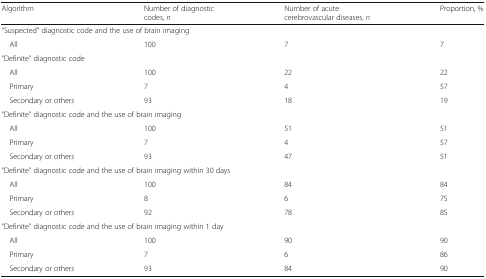
<table><thead><tr><td><b>Algorithm</b></td><td><b>Number of diagnostic codes, <i>n</i></b></td><td><b>Number of acute cerebrovascular diseases, <i>n</i></b></td><td><b>Proportion, %</b></td></tr></thead><tbody><tr><td colspan="4">“Suspected” diagnostic code and the use of brain imaging</td></tr><tr><td> All</td><td>100</td><td>7</td><td>7</td></tr><tr><td colspan="4">“Definite” diagnostic code</td></tr><tr><td> All</td><td>100</td><td>22</td><td>22</td></tr><tr><td> Primary</td><td>7</td><td>4</td><td>57</td></tr><tr><td> Secondary or others</td><td>93</td><td>18</td><td>19</td></tr><tr><td colspan="4">“Definite” diagnostic code and the use of brain imaging</td></tr><tr><td> All</td><td>100</td><td>51</td><td>51</td></tr><tr><td> Primary</td><td>7</td><td>4</td><td>57</td></tr><tr><td> Secondary or others</td><td>93</td><td>47</td><td>51</td></tr><tr><td colspan="4">“Definite” diagnostic code and the use of brain imaging within 30 days</td></tr><tr><td> All</td><td>100</td><td>84</td><td>84</td></tr><tr><td> Primary</td><td>8</td><td>6</td><td>75</td></tr><tr><td> Secondary or others</td><td>92</td><td>78</td><td>85</td></tr><tr><td colspan="4">“Definite” diagnostic code and the use of brain imaging within 1 day</td></tr><tr><td> All</td><td>100</td><td>90</td><td>90</td></tr><tr><td> Primary</td><td>7</td><td>6</td><td>86</td></tr><tr><td> Secondary or others</td><td>93</td><td>84</td><td>90</td></tr></tbody></table>